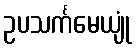
ဥပသင်္ကမေယျုံ